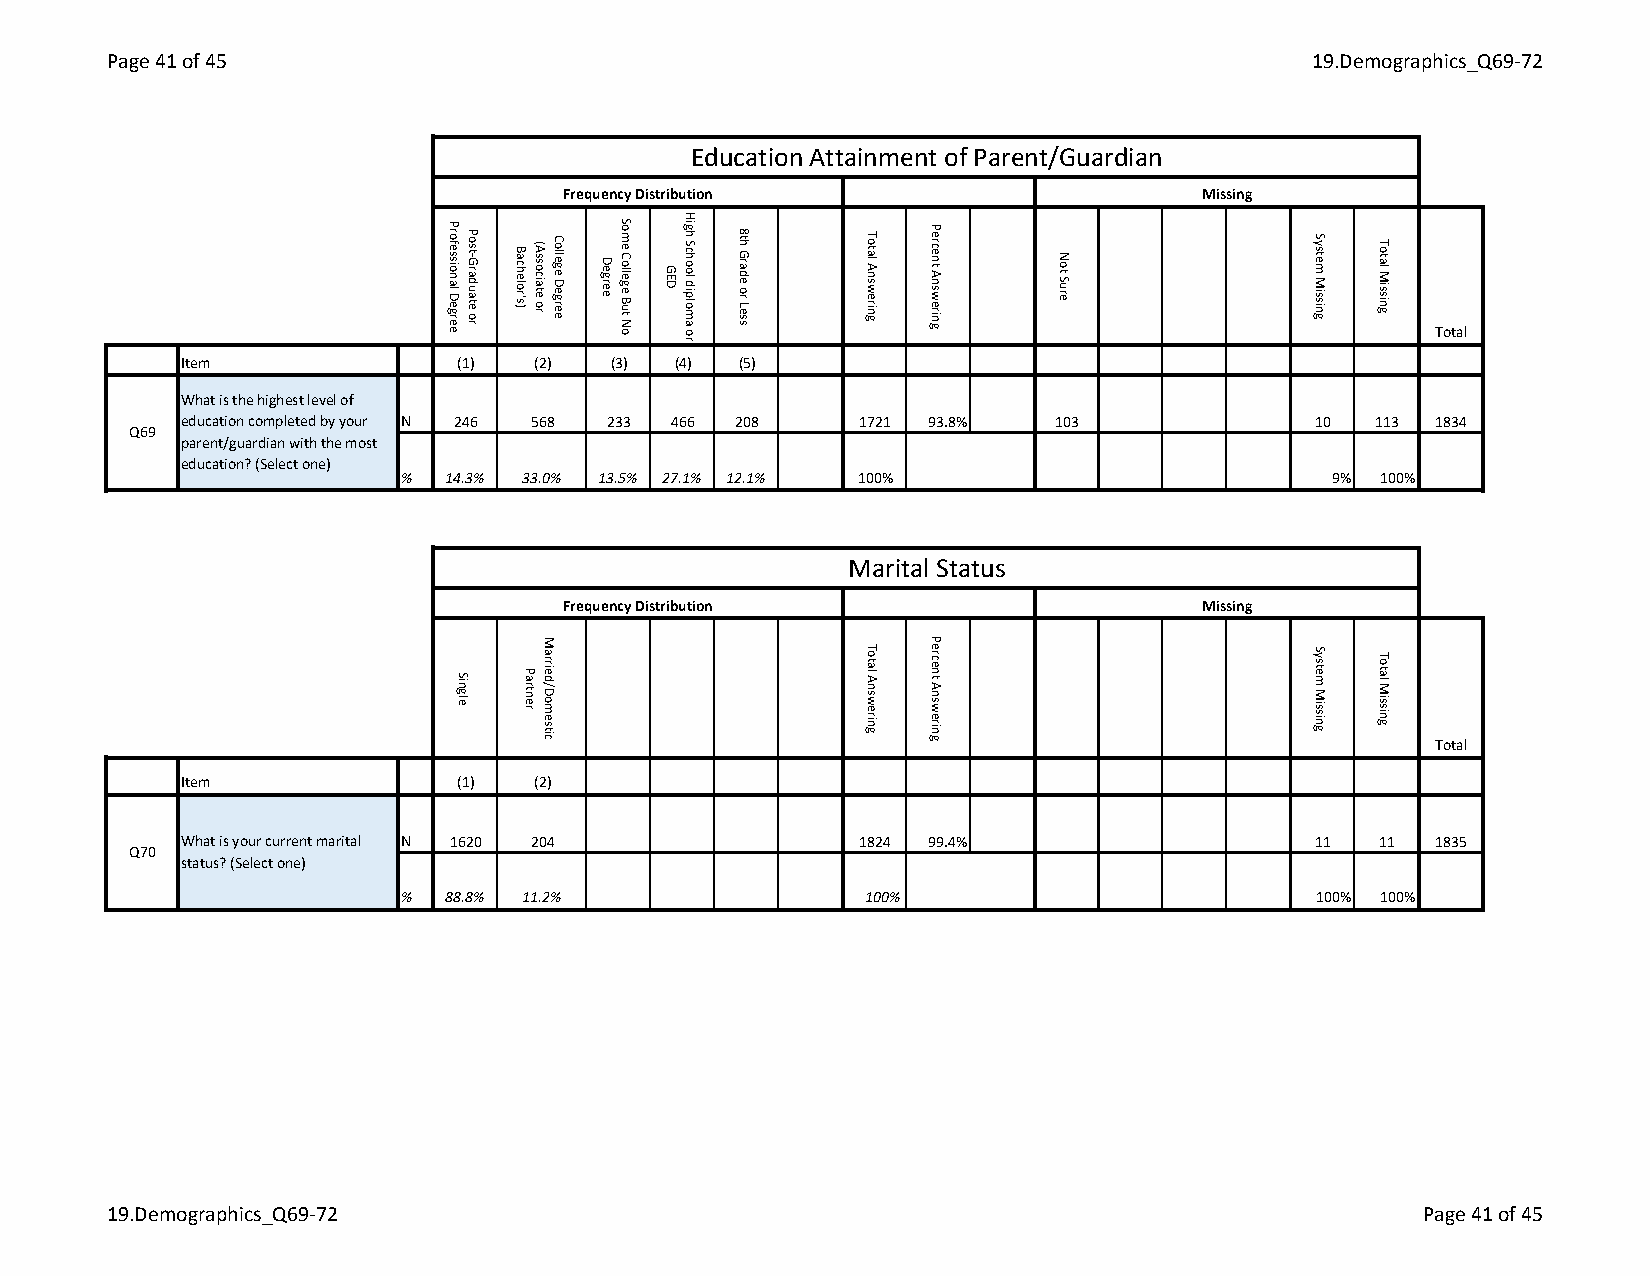
Page 41 of 45                                                                  19.Demographics_Q69-72
 Education Attainment of Parent/Guardian
 Frequency Distribution                    Missing
 Total
 Item              (1)  (2)  (3) (4) (5)
 What is the highest level of
 education completed by your N 246 568 233 466 208 1721 93.8% 103           10  113 1834
 Q69
 parent/guardian with the most
 education? (Select one)
 %  14.3% 33.0% 13.5% 27.1% 12.1% 100%                         9% 100%
 Marital Status
 Frequency Distribution                    Missing
 Total
 Item              (1)  (2)
 What is your current marital N 1620 204     1824 99.4%                     11  11  1835
 Q70
 status? (Select one)
 %  88.8% 11.2%                 100%                          100% 100%
 19.Demographics_Q69-72                                                                 Page 41 of 45
 Professional Degree
 Single
 Post-Graduate
 or
 Bachelor's)
 Partner
 (Associate or
 Married/Domestic
 College Degree Degree Some College But
 No
 GED High School diploma
 or
 8th Grade or Less Total Answering
 Total
 Answering
 Percent Answering
 Percent
 Answering
 Not Sure        System Missing
 System
 Missing
 Total Missing
 Total
 Missing